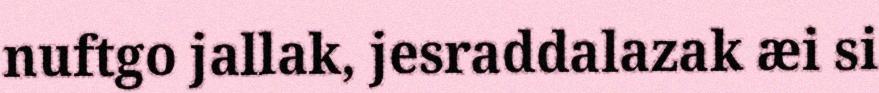
nuftgo jallak, jesraddalazak æi si